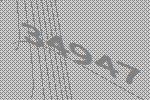
34947